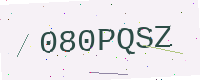
Text: 080PQSZ